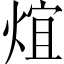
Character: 𤊃